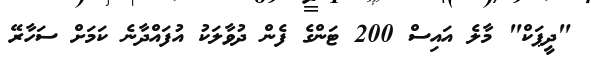
"ދީޕަކް" މާލެ އައިސް 200 ޓަންގެ ފެން ދުވާލަކު އުފައްދާނެ ކަމަށް ސަހާރޭ